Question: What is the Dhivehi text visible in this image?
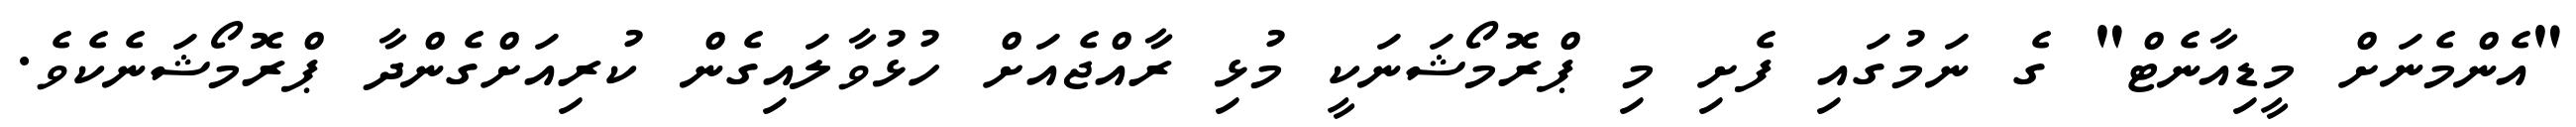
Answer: "އެންމެނަށް މީޑިއާނެޓް" ގެ ނަމުގައި ފެށި މި ޕްރޮމޯޝަނަކީ މުޅި ރާއްޖެއަށް ހުޅުވާލައިގެން ކުރިއަށްގެންދާ ޕްރޮމޯޝަނެކެވެ.